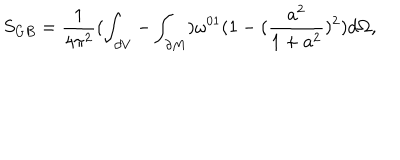
LaTeX: S _ { G B } = \frac { 1 } { 4 \pi ^ { 2 } } ( \int _ { \partial V } - \int _ { \partial M } ) \omega ^ { 0 1 } ( 1 - ( \frac { a ^ { 2 } } { 1 + a ^ { 2 } } ) ^ { 2 } ) d \Omega ,